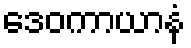
ဒေဝကာယာနံ